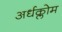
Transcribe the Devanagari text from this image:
अर्धक्लोम